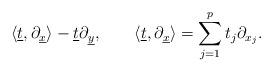
LaTeX: \begin{align*}\langle\underline t,\partial_{\underline x}\rangle-\underline t\partial_{\underline y},\qquad\langle\underline t,\partial_{\underline x}\rangle=\sum_{j=1}^pt_j\partial_{x_j}.\end{align*}